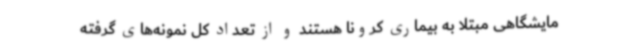
مایشگاهی مبتلا به بیماری کرونا هستند و از تعداد کل نمونه‌های گرفته